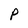
Character: P